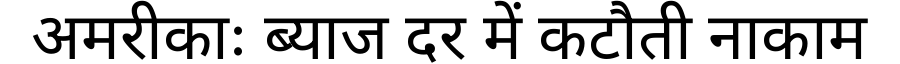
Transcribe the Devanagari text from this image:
अमरीकाः ब्याज दर में कटौती नाकाम